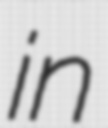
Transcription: in